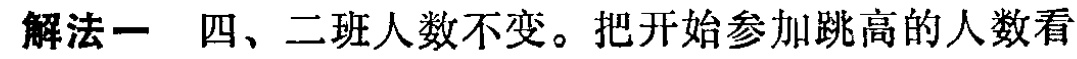
解法一 四、二班人数不变。把开始参加跳高的人数看